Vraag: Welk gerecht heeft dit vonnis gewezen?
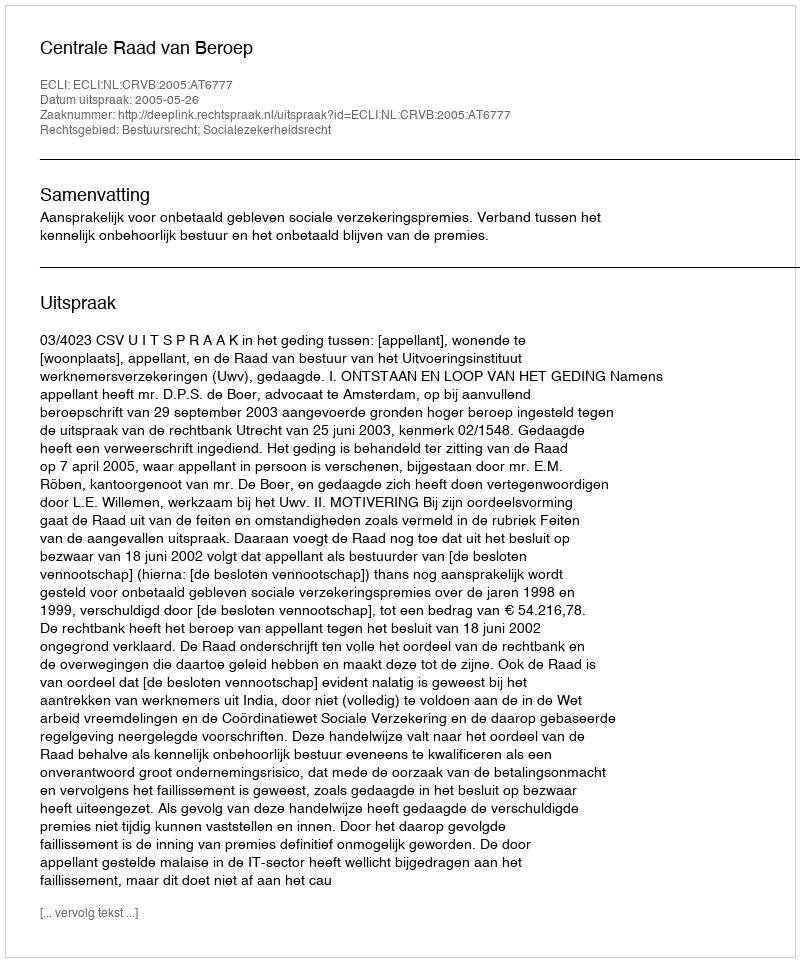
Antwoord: Centrale Raad van Beroep